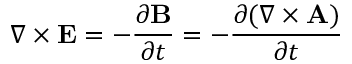
\nabla \times \mathbf { E } = - { \frac { \partial \mathbf { B } } { \partial t } } = - { \frac { \partial ( \nabla \times \mathbf { A } ) } { \partial t } }